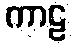
ကာဠ